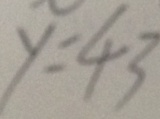
y = 4 3